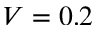
V = 0 . 2